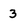
Character: 3